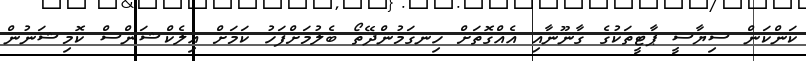
ކަންކަން ސިޔާސީ ޕާޓީތަކުގެ ގާނޫނާއި އެއްގޮތަށް ހިނގަމުންދޭތޯ ބެލުމަށްފަހު ކަމަށް އިލެކްޝަންސް ކޮމިޝަނުން